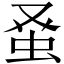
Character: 𫊫